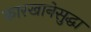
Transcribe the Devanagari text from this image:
कारखानेसुद्धा